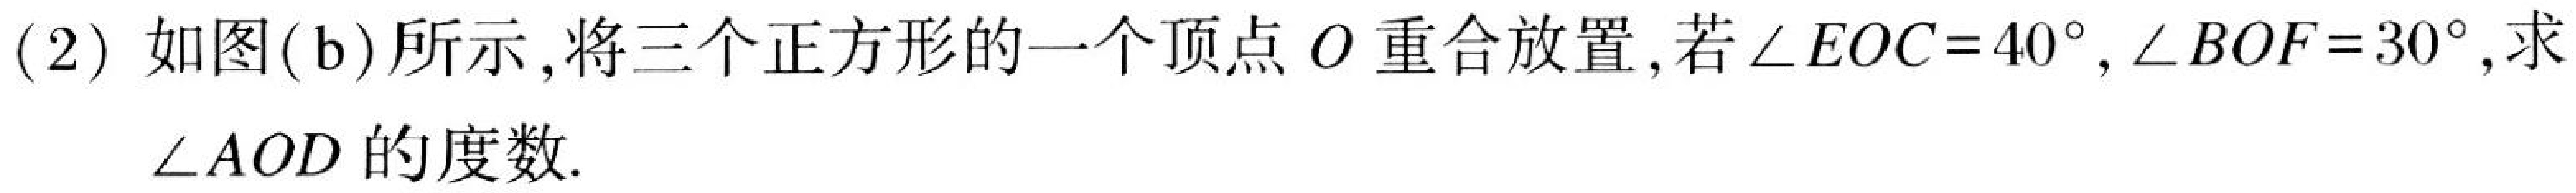
(2) 如图(b)所示,将三个正方形的一个顶点$O$重合放置,若$\angle EOC = 40^{\circ},\angle BOF = 30^{\circ}$,求$\angle AOD$的度数.